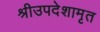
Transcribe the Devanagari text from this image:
श्रीउपदेशामृत